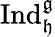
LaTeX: \operatorname{Ind}_{\mathfrak{h}}^{\mathfrak{g}}